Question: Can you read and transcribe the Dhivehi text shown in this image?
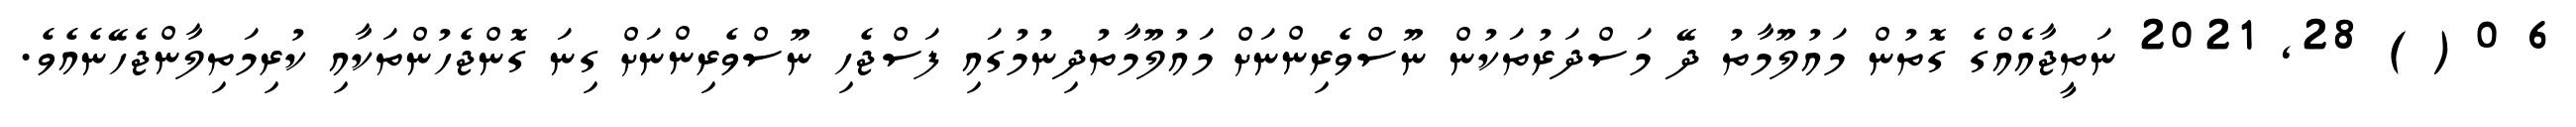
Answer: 6 0 ( ) 28, 2021 ނަތީޖާއެއްގެ ގޮތުން މައުލޫމާތު ދޭ މަސްދަރުތަކުން ނޫސްވެރިންނަށް މައުލޫމާތުދިނުމުގައި ފަސްޖެހި ނޫސްވެރިންނަށް ގިނަ ގޮންޖެހުންތަކާއި ކުރިމަތިލާންޖެހޭނެއެވެ.